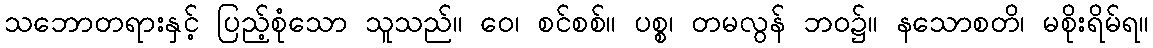
သဘောတရားနှင့် ပြည့်စုံသော သူသည်။ ဝေ၊ စင်စစ်။ ပစ္စ၊ တမလွန် ဘဝ၌။ နသောစတိ၊ မစိုးရိမ်ရ။